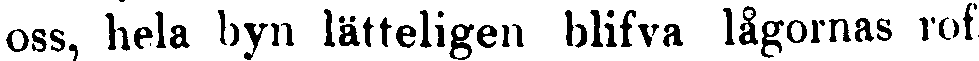
oss, hela byn lätteligen blifva lågornas rof